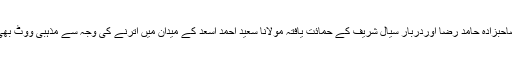
مگرسنی اتحاد کونسل کے صاحبزادہ حامد رضا اوردربار سیال شریف کے حمائت یافتہ مولانا سعید احمد اسعد کے میدان میں اترنے کی وجہ سے مذہبی ووٹ بھی ڈاکٹر نثار کو نہیں ملے گا۔